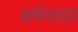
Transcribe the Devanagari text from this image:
बर्मनच्या